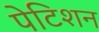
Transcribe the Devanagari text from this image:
पेटिशन